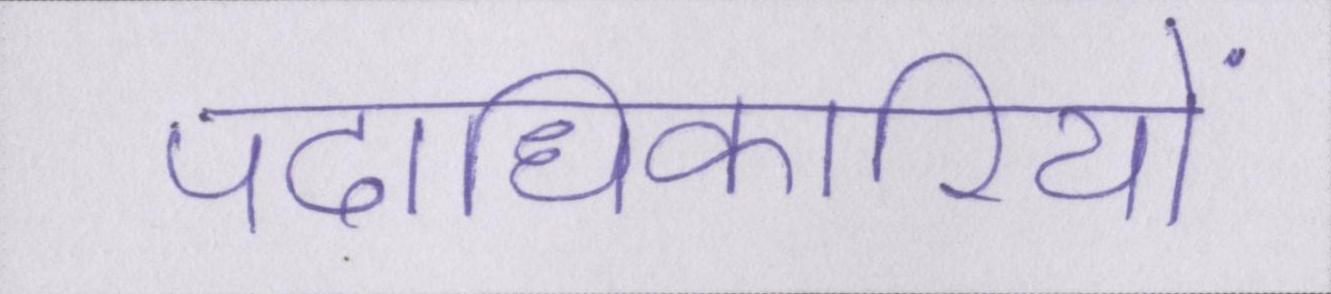
पदाधिकारियों